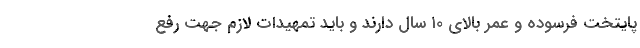
پایتخت فرسوده و عمر بالای ۱۰ سال دارند و باید تمهیدات لازم جهت رفع